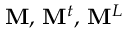
\mathbf { M } , \, \mathbf { M } ^ { t } , \, \mathbf { M } ^ { L }